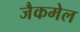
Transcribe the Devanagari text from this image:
जैकमेल